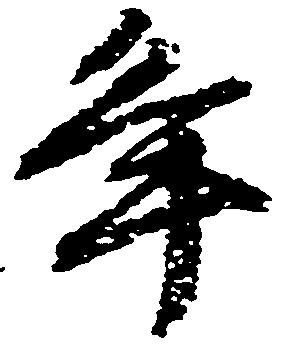
年